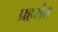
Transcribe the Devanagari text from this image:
प्रहरांत